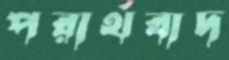
পরার্থবাদ